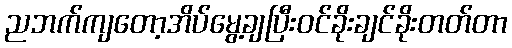
ညဘက်ကျတော့အိပ်မွေ့ချပြီးဝင်ခိုးချင်ခိုးတတ်တာ